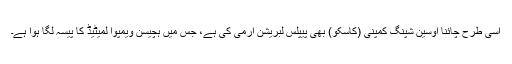
اسی طرح چائنا اوسین شپنگ کمپنی (کاسکو) بھی پیپلس لبریشن آرمی کی ہے، جس میں ہچیسن ویمپوا لمیٹیڈ کا پیسہ لگا ہوا ہے۔